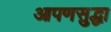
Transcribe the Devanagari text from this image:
आपणसुद्धा